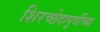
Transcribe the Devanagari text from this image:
शिरच्छेदापूर्वीच्या